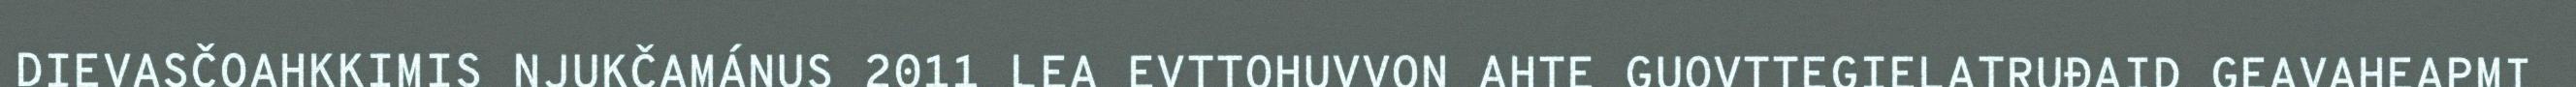
DIEVASČOAHKKIMIS NJUKČAMÁNUS 2011 LEA EVTTOHUVVON AHTE GUOVTTEGIELATRUĐAID GEAVAHEAPMI